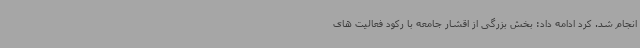
انجام شد. کرد ادامه داد: بخش بزرگی از اقشار جامعه با رکود فعالیت های